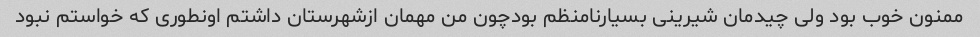
ممنون خوب بود ولی چیدمان شیرینی بسیارنامنظم بودچون من مهمان ازشهرستان داشتم اونطوری که خواستم نبود